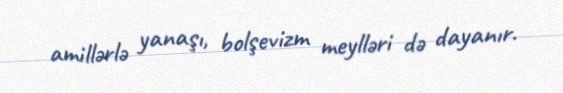
amillərlə yanaşı, bolşevizm meylləri də dayanır.